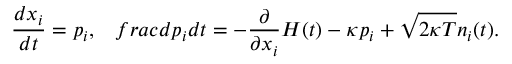
\frac { d x _ { i } } { d t } = p _ { i } , \ \ \, f r a c { d p _ { i } } { d t } = - \frac { \partial } { \partial x _ { i } } H ( t ) - \kappa p _ { i } + \sqrt { 2 \kappa T } n _ { i } ( t ) .